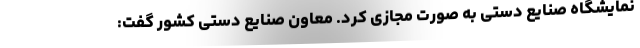
نمایشگاه صنایع دستی به صورت مجازی کرد. معاون صنایع دستی کشور گفت: